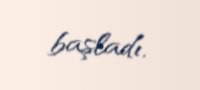
başladı.